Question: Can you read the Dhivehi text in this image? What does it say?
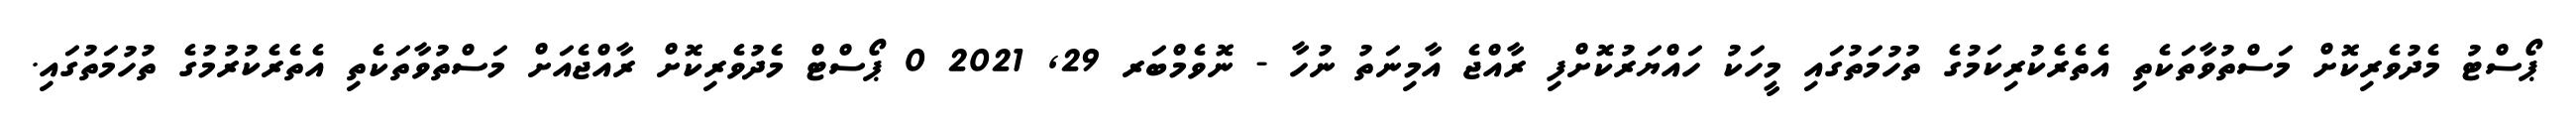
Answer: ޕޯސްޓު މެދުވެރިކޮށް މަސްތުވާތަކެތި އެތެރެކުރިކަމުގެ ތުހުމަތުގައި މީހަކު ހައްޔަރުކޮށްފި ރާއްޖެ އާމިނަތު ނުހާ - ނޮވެމްބަރ 29, 2021 0 ޕޯސްޓް މެދުވެރިކޮށް ރާއްޖެއަށް މަސްތުވާތަކެތި އެތެރެކުރުމުގެ ތުހުމަތުގައި.